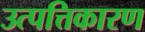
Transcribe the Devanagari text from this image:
उत्पत्तिकारण